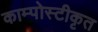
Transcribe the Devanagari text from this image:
काम्पोस्टीकृत